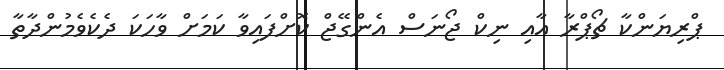
ޕްރިޔަންކާ ޗޯޕްރާ އާއި ނިކް ޖޯނަސް އެންގޭޖް ކޮށްފައިވާ ކަމަށް ވާހަކަ ދެކެވެމުންދާތާ